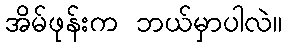
အိမ်ဖုန်းက ဘယ်မှာပါလဲ။